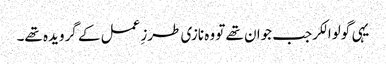
یہی گولوالکرجب جوان تھے تو وہ نازی طرزِ عمل کے گرویدہ تھے۔